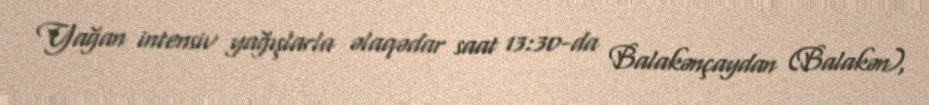
Yağan intensiv yağışlarla əlaqədar saat 13:30-da Balakənçaydan (Balakən),